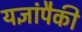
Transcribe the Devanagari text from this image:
यज्ञांपैकी